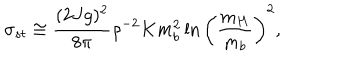
LaTeX: \sigma _ { s t } \cong { \frac { ( 2 J g ) ^ { 2 } } { 8 \pi } } \rho ^ { - 2 } K m _ { b } ^ { 2 } \ln \left( { \frac { m _ { H } } { m _ { b } } } \right) ^ { 2 } ,